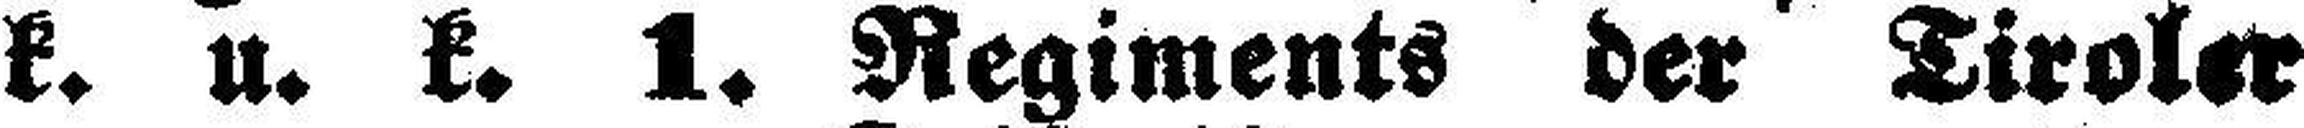
k. u. k. 1. Regiments der Tiroler